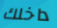
داخلك